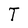
Character: T